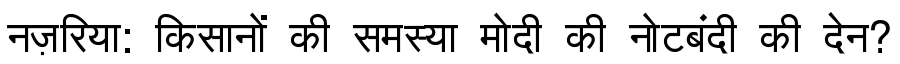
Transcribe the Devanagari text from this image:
नज़रिया: किसानों की समस्या मोदी की नोटबंदी की देन?